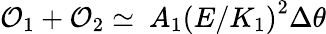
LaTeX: {\cal O}_{1}+{\cal O}_{2}\simeq\ A_{1}\left(E/K_{1}\right)^{2}\Delta\theta